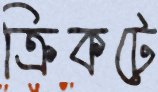
ক্রিকটে